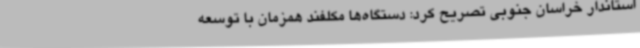
استاندار خراسان جنوبی تصریح کرد: دستگاه‌ها مکلفند همزمان با توسعه